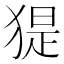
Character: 𤟥